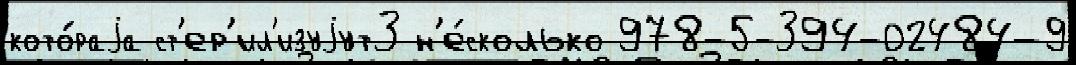
кото́раjа ст'ер'ил'изуjут3 н'е́сколько 978-5-394-02484-9